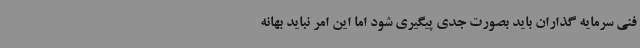
فنی سرمایه گذاران باید بصورت جدی پیگیری شود اما این امر نباید بهانه